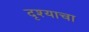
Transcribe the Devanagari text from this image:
दृश्याचा